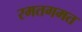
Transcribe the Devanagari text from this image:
रमतगमत